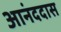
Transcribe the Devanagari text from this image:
आनंददास